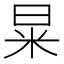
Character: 㫧